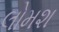
લોમશ